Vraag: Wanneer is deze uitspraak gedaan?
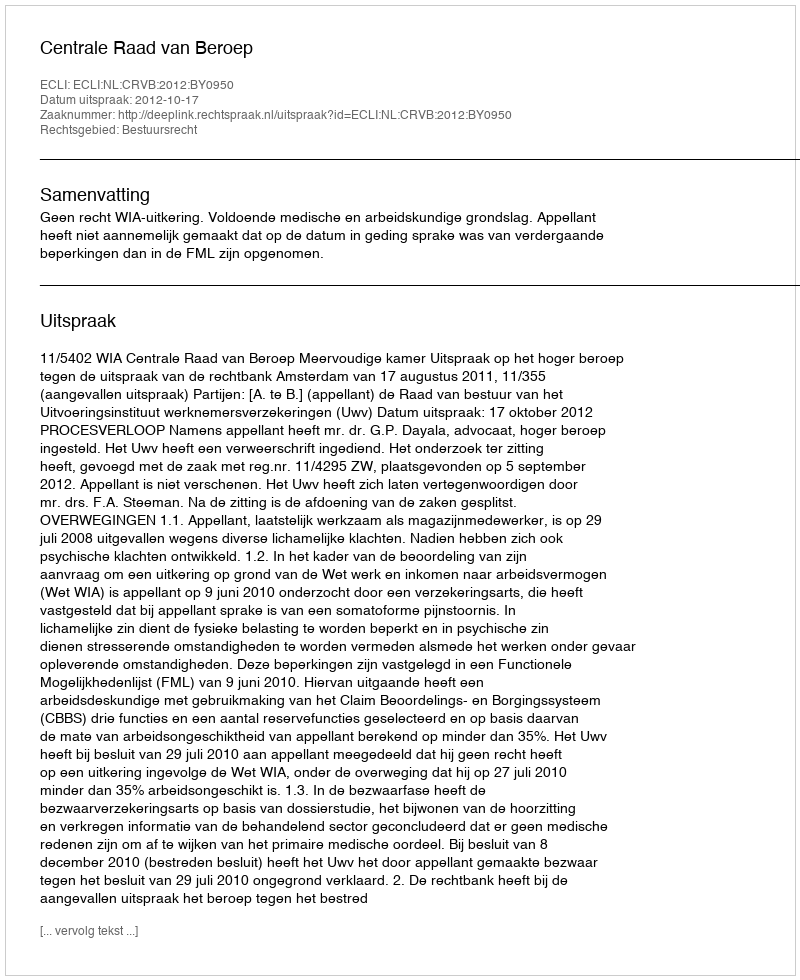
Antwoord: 2012-10-17